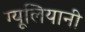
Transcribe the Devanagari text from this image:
ग्यूलियानी